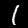
Label: 1